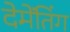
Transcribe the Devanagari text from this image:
देमेंतिंग